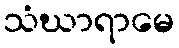
သံဃာရာမေ